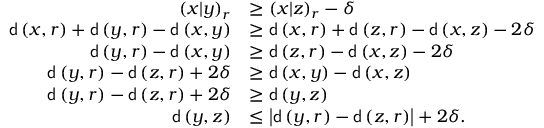
\begin{array} { r l } { \left( x | y \right) _ { r } } & { \geq \left( x | z \right) _ { r } - \delta } \\ { \mathsf { d } \left( x , r \right) + \mathsf { d } \left( y , r \right) - \mathsf { d } \left( x , y \right) } & { \geq \mathsf { d } \left( x , r \right) + \mathsf { d } \left( z , r \right) - \mathsf { d } \left( x , z \right) - 2 \delta } \\ { \mathsf { d } \left( y , r \right) - \mathsf { d } \left( x , y \right) } & { \geq \mathsf { d } \left( z , r \right) - \mathsf { d } \left( x , z \right) - 2 \delta } \\ { \mathsf { d } \left( y , r \right) - \mathsf { d } \left( z , r \right) + 2 \delta } & { \geq \mathsf { d } \left( x , y \right) - \mathsf { d } \left( x , z \right) } \\ { \mathsf { d } \left( y , r \right) - \mathsf { d } \left( z , r \right) + 2 \delta } & { \geq \mathsf { d } \left( y , z \right) } \\ { \mathsf { d } \left( y , z \right) } & { \leq \left| \mathsf { d } \left( y , r \right) - \mathsf { d } \left( z , r \right) \right| + 2 \delta . } \end{array}